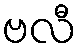
ဗလီ